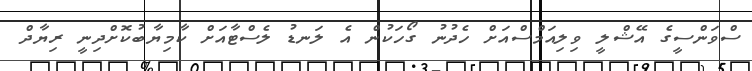
ސްވަންސީގެ އޭޝްލީ ވިލިއަމްސްއަށް ހެދުނު ގޯހަކުން އެ ލަނޑު ލެސްޓާއަށް ކާމިޔާބުކޮށްދިނީ ރިޔާދް